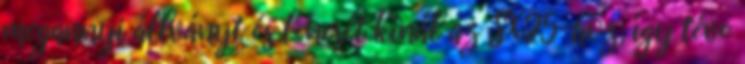
megannyi állványt és lencsét kínál az SX25-höz, így téve